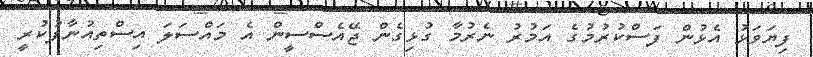
ފިޔަވަޅު އެޅުން ފަސްކުރުމުގެ އަމުރު ނެރުމާ ގުޅިގެން ޖޭއެސްސީން އެ މައްސަލަ އިސްތިއުނާފުކުރީ